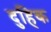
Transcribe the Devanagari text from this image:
दुहिक